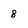
Character: 8